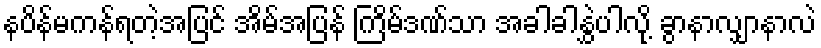
နပိန်မကန်ရတဲ့အပြင် အိမ်အပြန် ကြိမ်ဒဏ်သာ အခါခါနွှဲပါလို့ ခွာနာလျှာနာလဲ